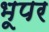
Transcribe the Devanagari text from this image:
भूपर